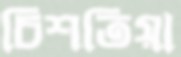
চিশতিয়া